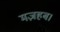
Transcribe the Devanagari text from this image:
मज़हब।